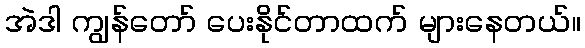
အဲဒါ ကျွန်တော် ပေးနိုင်တာထက် များနေတယ်။